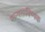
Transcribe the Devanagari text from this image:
मान्यताविष्यक